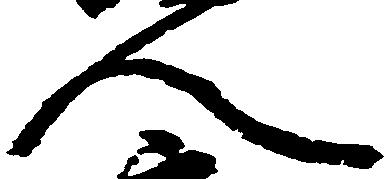
人